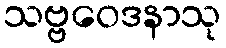
သဗ္ဗဝေဒနာသု